Civil Veterinary Dept. Assam report 1927-50 - 1927-1950
Year: 1927
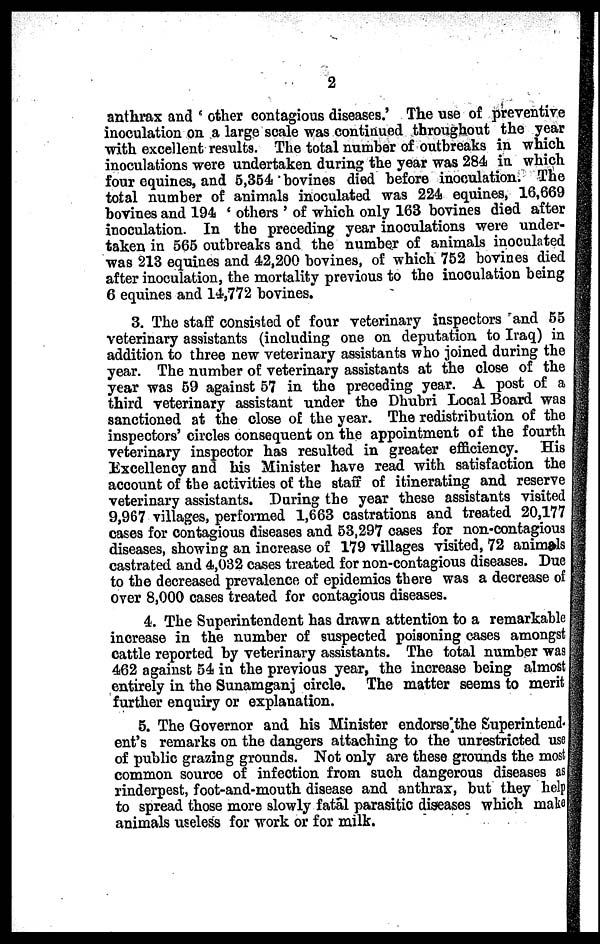
2
anthrax and ' other contagious diseases.' The use of preventive
inoculation on a large scale was continued throughout the year
with excellent results. The total number of outbreaks in which
inoculations were undertaken during the year was 284 in which
four equines, and 5,354 bovines died before inoculation. The
total number of animals inoculated was 224 equines, 16,669
bovines and 194 ' others ' of which only 163 bovines died after
inoculation. In the preceding year inoculations were under-
taken in 565 outbreaks and the number of animals inoculated
was 213 equities and 42,200 bovines, of which 752 bovines died
after inoculation, the mortality previous to the inoculation being
6 equines and 14,772 bovines.
3. The staff consisted of four veterinary inspectors and 55
veterinary assistants (including one on deputation to Iraq) in
addition to three new veterinary assistants who joined during the
year. The number of veterinary assistants at the close of the
year was 59 against 57 in the preceding year. A post of a
third veterinary assistant under the Dhubri Local Board was
sanctioned at the close of the year. The redistribution of the
inspectors' circles consequent on the appointment of the fourth
veterinary inspector has resulted in greater efficiency.
His
Excellency and his Minister have read with satisfaction the
account of the activities of the staff of itinerating and reserve
veterinary assistants. During the year these assistants visited
9,967 villages, performed 1,663 castrations and treated 20,177
cases for contagious diseases and 53,297 cases for non-contagious
diseases, showing an increase of 179 villages visited, 72 animals
castrated and 4,032 cases treated for non-contagious diseases. Due
to the decreased prevalence of epidemics there was a decrease of
over 8,000 cases treated for contagious diseases.
4. The Superintendent has drawn attention to a remarkable
increase in the number of suspected poisoning cases amongst
cattle reported by veterinary assistants. The total number was
462 against 54 in the previous year, the increase being almost
entirely in the Sunamganj circle. The matter seems to merit
further enquiry or explanation.
5. The Governor and his Minister endorse the Superintend-
ent's remarks on the dangers attaching to the unrestricted use
of public grazing grounds. Not only are these grounds the most
common source of infection from such dangerous diseases as
rinderpest, foot-and-mouth disease and anthrax, but they help
to spread those more slowly fatal parasitic diseases which make
animals useless for work or for milk.